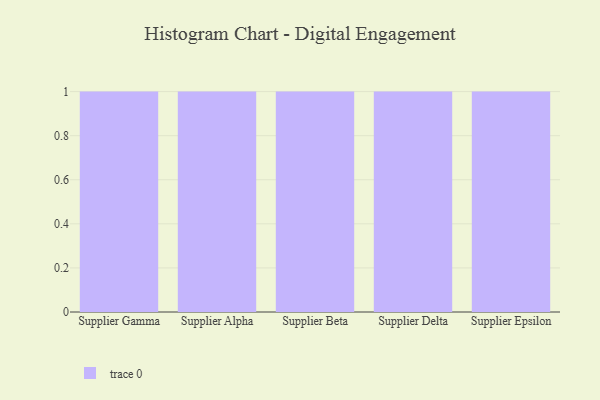
{"axis": {"x": "Supplier", "y": "Churn Rate (%)"}, "legend": [""], "data": [{"x": "Supplier Gamma", "y": 64, "type": ""}, {"x": "Supplier Alpha", "y": 59, "type": ""}, {"x": "Supplier Beta", "y": 53, "type": ""}, {"x": "Supplier Delta", "y": 24, "type": ""}, {"x": "Supplier Epsilon", "y": 65, "type": ""}]}